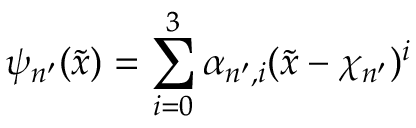
\psi _ { n ^ { \prime } } ( \tilde { x } ) = \sum _ { i = 0 } ^ { 3 } \alpha _ { n ^ { \prime } , i } ( \tilde { x } - \chi _ { n ^ { \prime } } ) ^ { i }